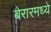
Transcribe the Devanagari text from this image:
बेरारमध्ये